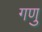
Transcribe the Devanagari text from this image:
गणु